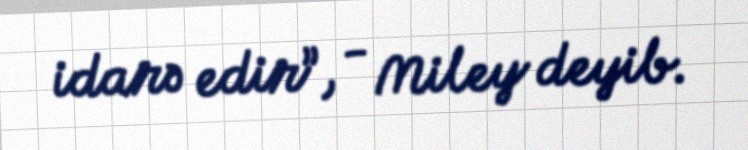
idarə edir”, - Miley deyib.